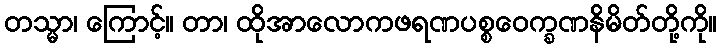
တသ္မာ၊ ကြောင့်။ တာ၊ ထိုအာလောကဖရဏပစ္စဝေက္ခဏနိမိတ်တို့ကို။